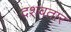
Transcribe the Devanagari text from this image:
दशवतार